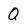
Character: q